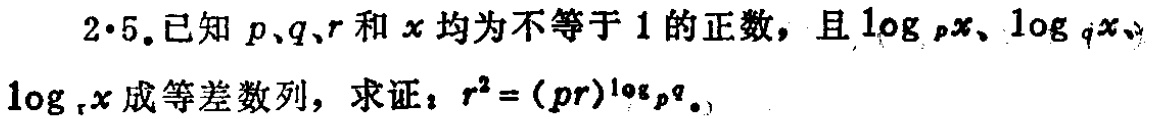
2.5.已知 \(p、q、r\) 和 \(x\) 均为不等于 \(1\) 的正数，且 \(\log_{p}x、\log_{q}x、\log_{r}x\) 成等差数列，求证：\(r^{2}=(pr)^{\log_{p}q}\)。